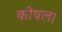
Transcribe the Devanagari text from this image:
कोयल।